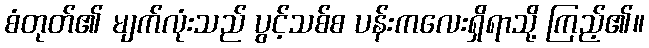
စံတုတ်၏ မျက်လုံးသည် ပွင့်သစ်စ ပန်းကလေးရှိရာသို့ ကြည့်၏။